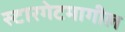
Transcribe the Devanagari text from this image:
स्टारगेटमागील